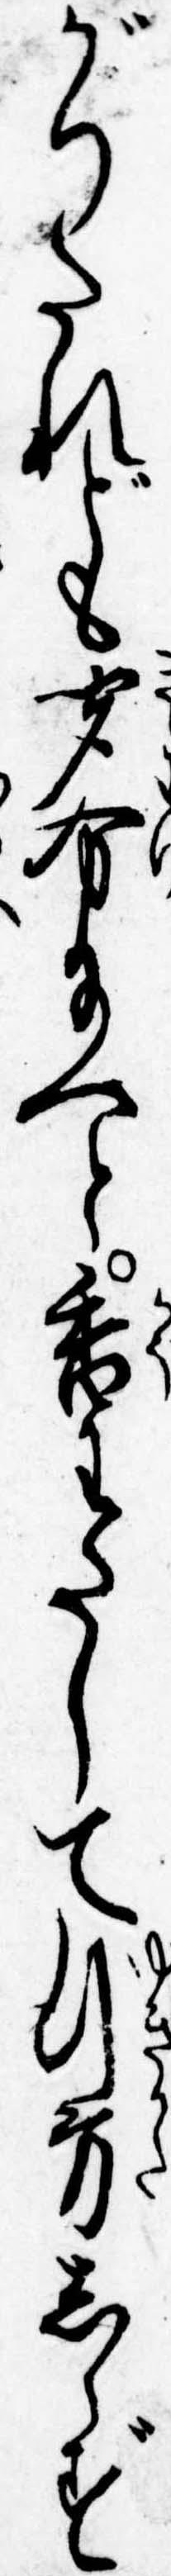
がりたれども聞分給へと香わたして行方しらず